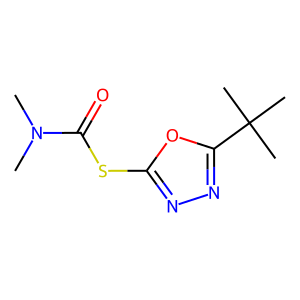
SMILES: CN(C)C(=O)Sc1nnc(C(C)(C)C)o1
Inhibits HIV replication: No